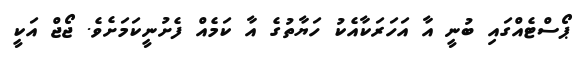
ޕޯސްޓެއްގައި ބުނީ އާ އަހަރަކާއެކު ހަޔާތުގެ އާ ކަމެއް ފެށުނީކަމަށެވެ. ޖޯޖް އަކީ